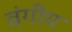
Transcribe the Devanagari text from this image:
वंगीय